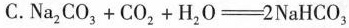
C. $$Na_{2}CO_{3}+CO_{2}+H_{2}O=-2NaHCO_{3}$$